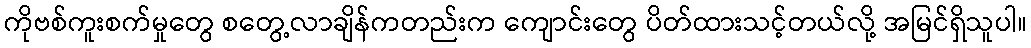
ကိုဗစ်ကူးစက်မှုတွေ စတွေ့လာချိန်ကတည်းက ကျောင်းတွေ ပိတ်ထားသင့်တယ်လို့ အမြင်ရှိသူပါ။